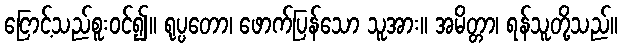
ငြောင့်သည်စူးဝင်၍။ ရုပ္ပတော၊ ဖောက်ပြန်သော သူအား။ အမိတ္တာ၊ ရန်သူတို့သည်။